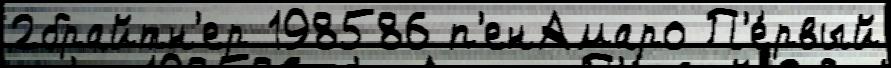
2брайтн'ер 198586 п'енАмаро П'е́рвый